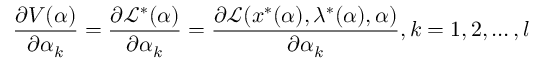
{ \frac { \partial V ( \alpha ) } { \partial \alpha _ { k } } } = { \frac { \partial { \mathcal { L } } ^ { \ast } ( \alpha ) } { \partial \alpha _ { k } } } = { \frac { \partial { \mathcal { L } } ( x ^ { \ast } ( \alpha ) , \lambda ^ { \ast } ( \alpha ) , \alpha ) } { \partial \alpha _ { k } } } , k = 1 , 2 , \ldots , l